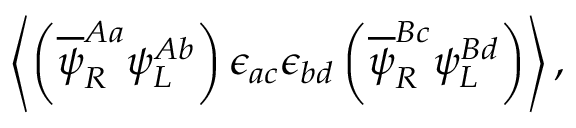
\left\langle \left( \overline { { { \psi } } } _ { R } ^ { A a } \psi _ { L } ^ { A b } \right) \epsilon _ { a c } \epsilon _ { b d } \left( \overline { { { \psi } } } _ { R } ^ { B c } \psi _ { L } ^ { B d } \right) \right\rangle ,